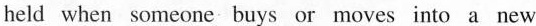
held when someone buys or moves into a new